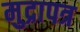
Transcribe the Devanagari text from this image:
मुद्रापत्र